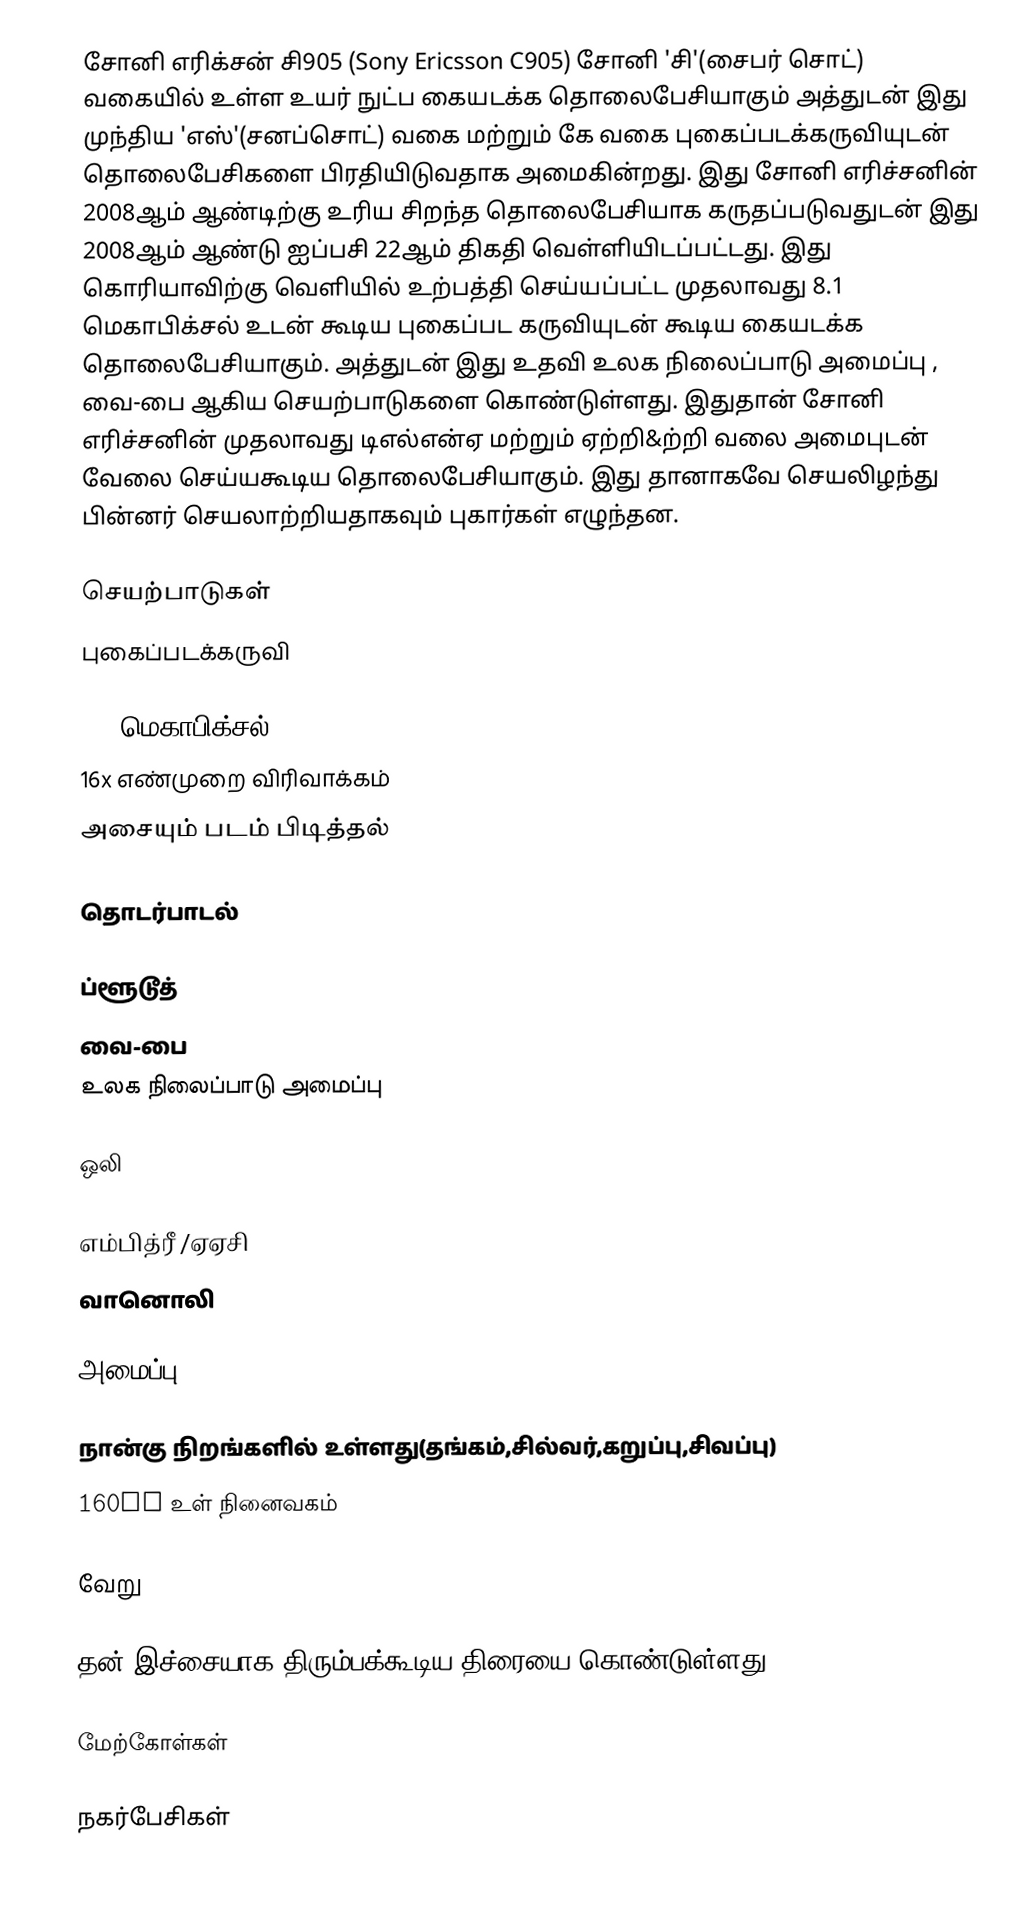
சோனி எரிக்சன் சி905 (Sony Ericsson C905) சோனி 'சி'(சைபர் சொட்) வகையில் உள்ள உயர் நுட்ப கையடக்க தொலைபேசியாகும் அத்துடன் இது முந்திய 'எஸ்'(சனப்சொட்) வகை மற்றும் கே வகை புகைப்படக்கருவியுடன்   தொலைபேசிகளை  பிரதியிடுவதாக அமைகின்றது. இது சோனி எரிச்சனின் 2008ஆம் ஆண்டிற்கு உரிய சிறந்த தொலைபேசியாக கருதப்படுவதுடன் இது 2008ஆம் ஆண்டு ஐப்பசி 22ஆம் திகதி வெள்ளியிடப்பட்டது. இது கொரியாவிற்கு வெளியில் உற்பத்தி செய்யப்பட்ட முதலாவது 8.1 மெகாபிக்சல் உடன் கூடிய புகைப்பட கருவியுடன் கூடிய கையடக்க தொலைபேசியாகும். அத்துடன் இது உதவி உலக  நிலைப்பாடு அமைப்பு , வை-பை ஆகிய செயற்பாடுகளை கொண்டுள்ளது. இதுதான் சோனி எரிச்சனின் முதலாவது டிஎல்என்ஏ மற்றும் ஏற்றி&ற்றி வலை அமைபுடன் வேலை செய்யகூடிய தொலைபேசியாகும். இது தானாகவே செயலிழந்து பின்னர் செயலாற்றியதாகவும் புகார்கள் எழுந்தன.

செயற்பாடுகள்
புகைப்படக்கருவி

 8.1 மெகாபிக்சல்(3264x2448)
 16x எண்முறை  விரிவாக்கம்
 அசையும்  படம் பிடித்தல்

தொடர்பாடல்

 ப்ளூடூத்
 வை-பை
 உலக  நிலைப்பாடு அமைப்பு

ஒலி

 எம்பித்ரீ /ஏஏசி
 வானொலி

அமைப்பு

 நான்கு நிறங்களில் உள்ளது(தங்கம்,சில்வர்,கறுப்பு,சிவப்பு)
 160MB  உள் நினைவகம்

வேறு

 தன் இச்சையாக திரும்பக்கூடிய திரையை கொண்டுள்ளது

மேற்கோள்கள்

நகர்பேசிகள்